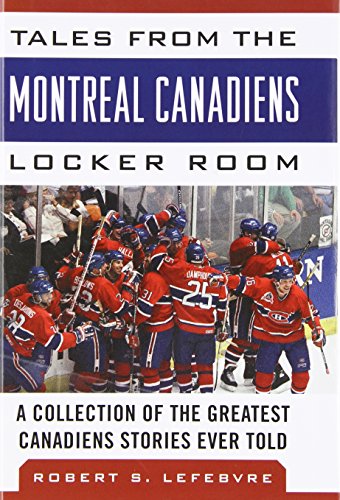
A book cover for Tales from the Montreal Canadiens Locker Room: A Collection of the Greatest Canadiens Stories Ever Told; Robert S. Lefebvre; History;